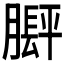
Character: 𬛙